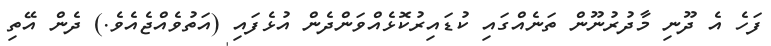
ފަހެ އެ ދޫނި މާދުރުނޫން ތަނެއްގައި ކުޑައިރުކޮޅެއްވަންދެން އުޅެފައި (އަތުވެއްޖެއެވެ.) ދެން އޭތި